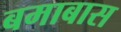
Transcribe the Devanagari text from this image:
बमाबास